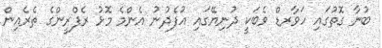
ބުނާ ގޮތުގައި ހަވާރޑް ވެބަކީ ދުނިޔޭގައި އުފެދުނު އެންމެ މޮޅު ރެފްރީންގެ ތެރެއިން